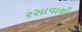
રસાવાળી